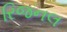
રિજનલ